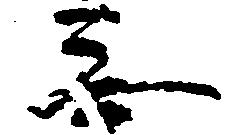
無